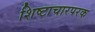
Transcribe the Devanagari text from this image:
शिष्टाचारपरक